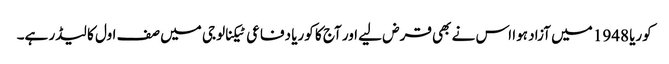
کوریا 1948 میں آزاد ہوا اس نے بھی قرض لیے اور آج کا کوریا دفاعی ٹیکنالوجی میں صف اول کا لیڈر ہے۔